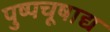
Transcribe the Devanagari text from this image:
पुष्पचूषाद्य